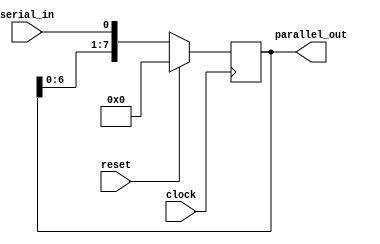
module serial_in_parallel_out (
    input wire clock,
    input wire reset,
    input wire serial_in,
    output reg [7:0] parallel_out
);

reg [7:0] shift_reg;

always @(posedge clock) begin
    if (reset)
        shift_reg <= 8'b0;
    else begin
        shift_reg <= {shift_reg[6:0], serial_in};
    end
end

assign parallel_out = shift_reg;

endmodule